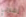
إشارتي